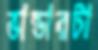
ভান্ডারটা